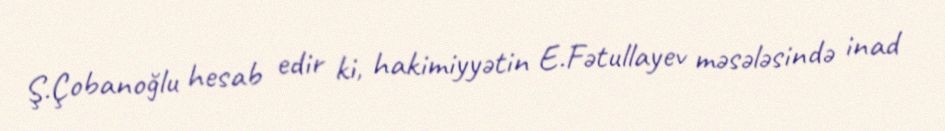
Ş.Çobanoğlu hesab edir ki, hakimiyyətin E.Fətullayev məsələsində inad